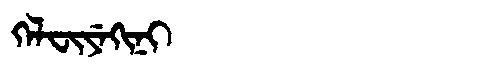
Manchu: ᡴᡝᠯᠸᡳᠶᡝᡴᡳᠨᡳ
Romanization: KELFIYEKINI